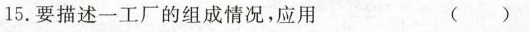
15.要描述一工厂的组成情况，应用 ( )